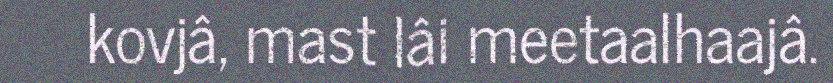
kovjâ, mast lâi meetaalhaajâ.